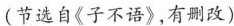
(节选自《子不语》，有删改)